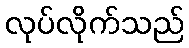
လုပ်လိုက်သည်